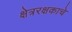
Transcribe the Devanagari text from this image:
क्षेत्ररक्षकाचे